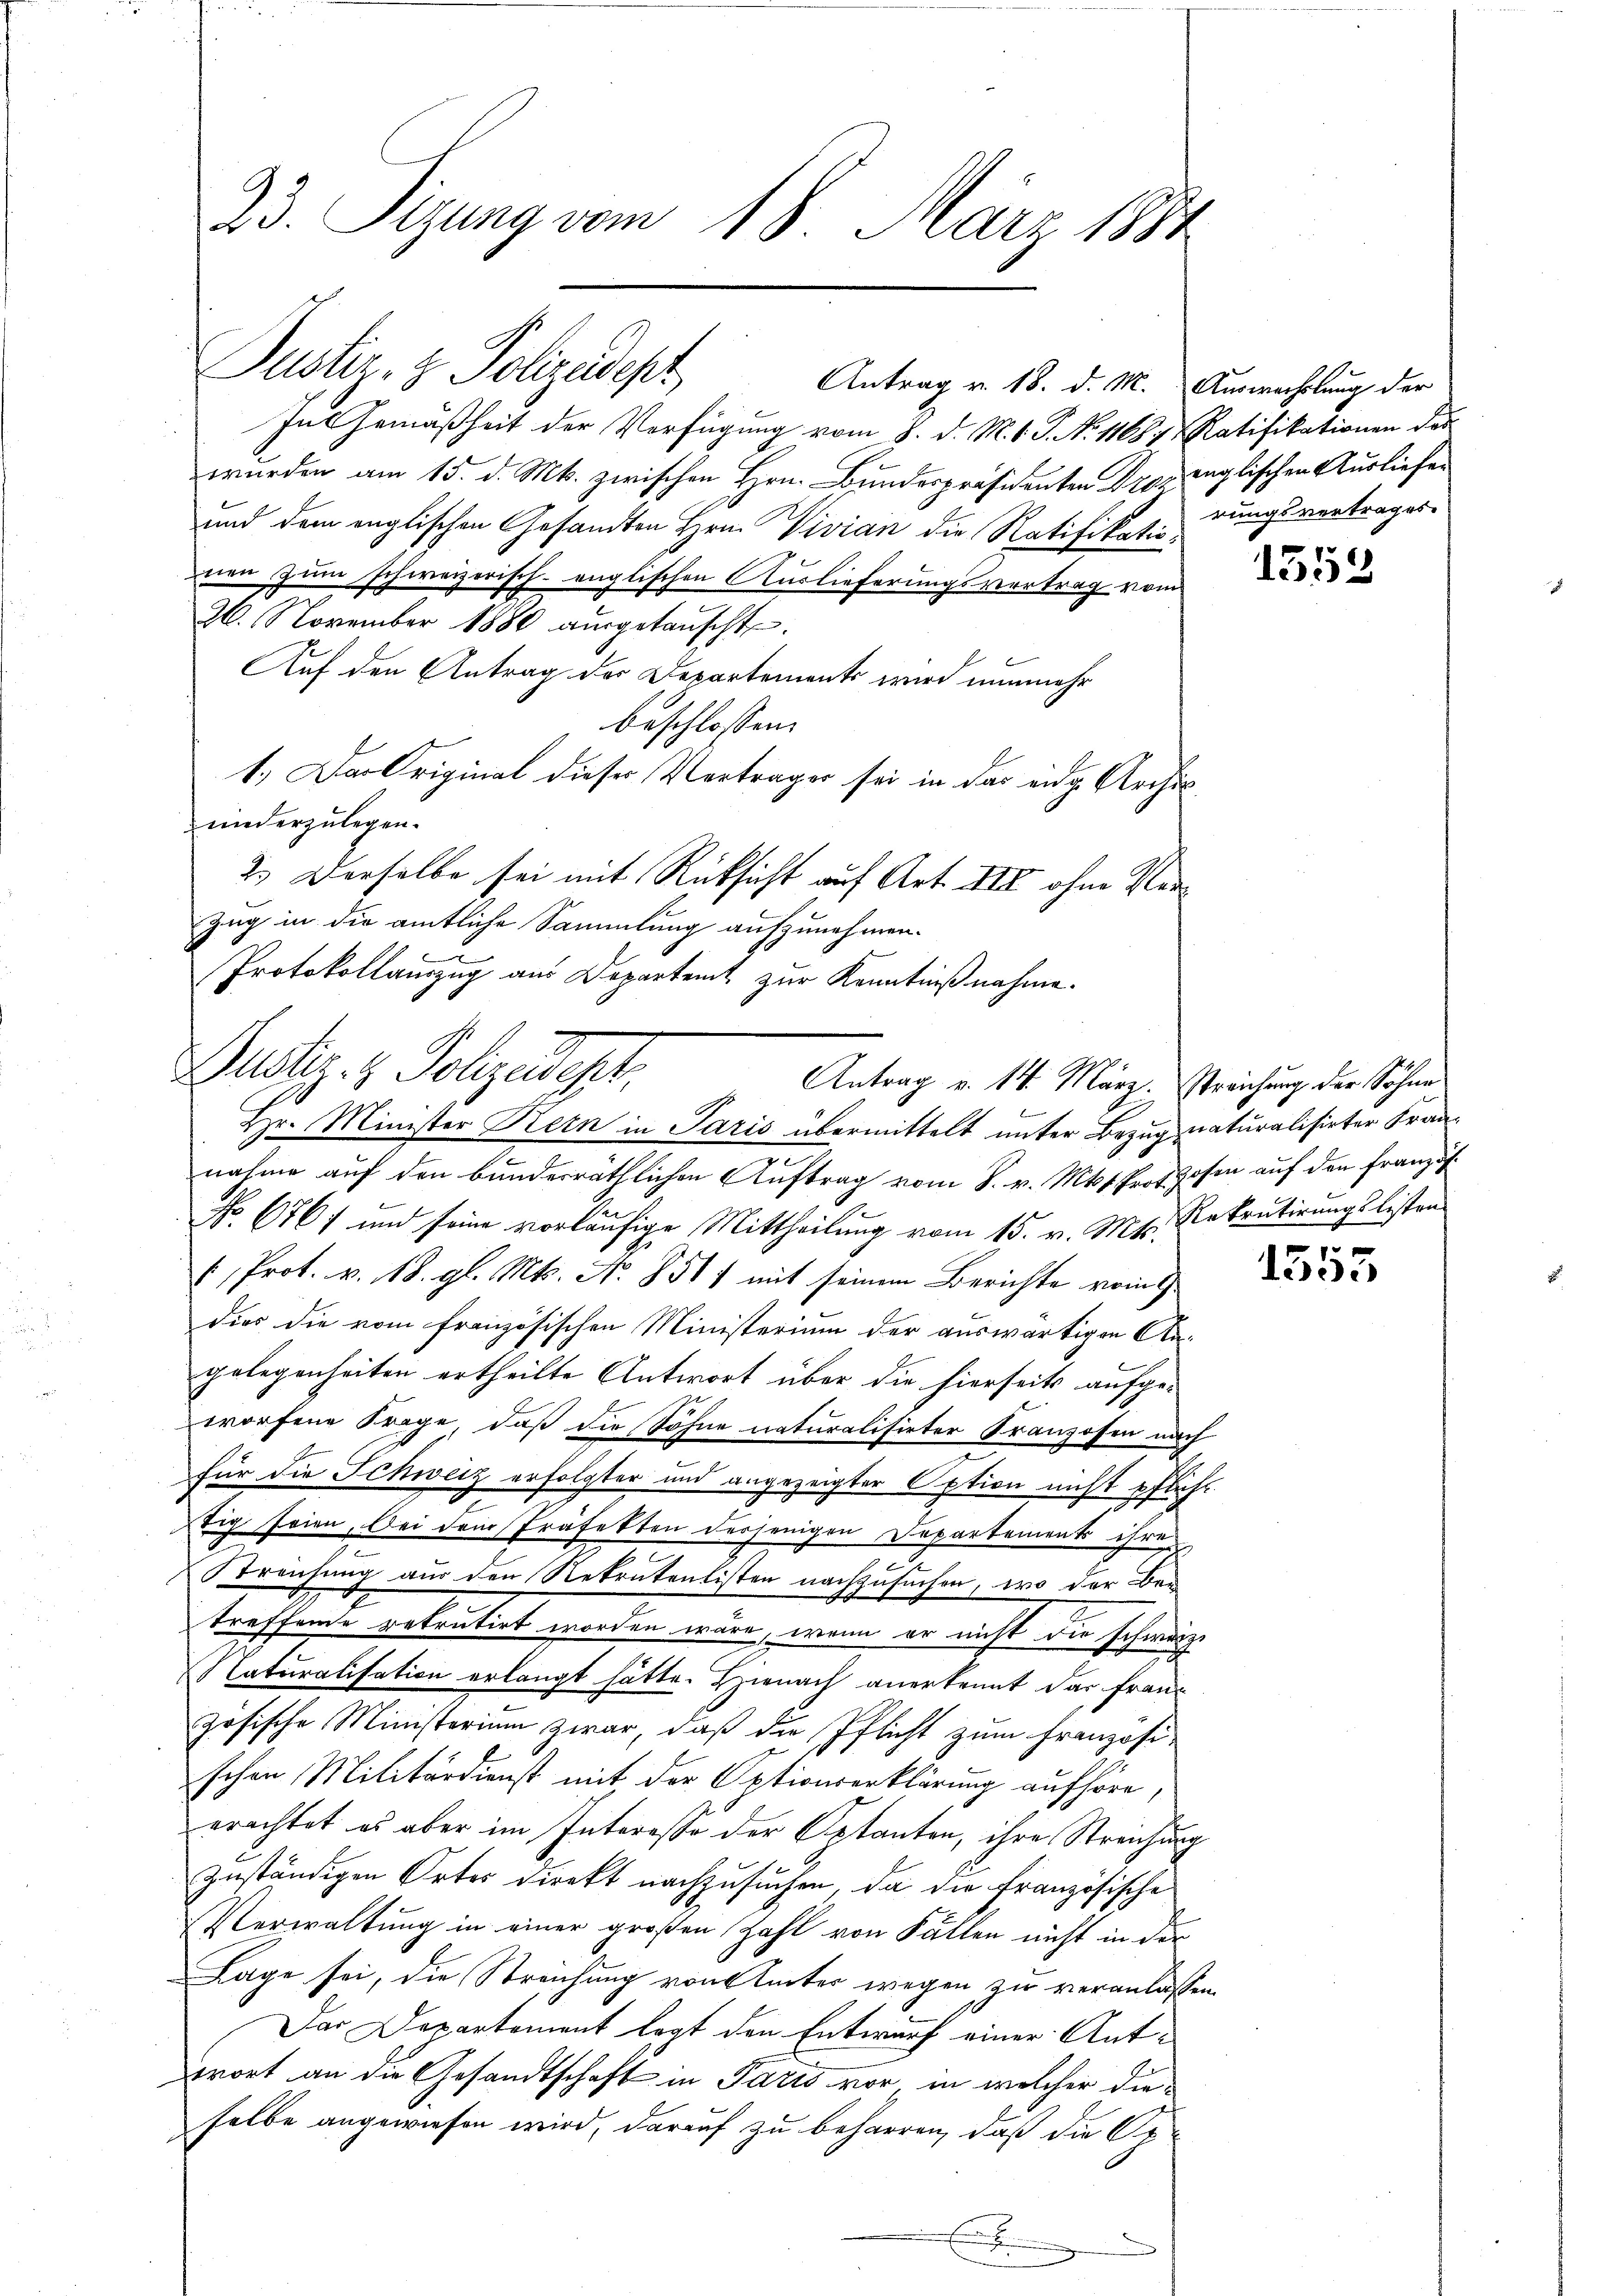
23. Sizung vom 18. März 1884

Justiz- & Polizeidept
In Gemäßheit der Verfügung vom 8. d. M. V. P. No 11687 Ratifikationen das
wurden am 15. d. Mts. zwischen Hrn. Bundespräsidenten Droz englischen Ausliefen
und dem englischen Gesandten Hrn. Vivian die Ratifikatio
nen zum schweizerisch-englischen Auslieferungsvertrag vom
26. November 1880 aŭsgetauscht.
Auf den Antrag des Departements wird nunmehr
beschlossen:
1.) Das Original dieser Verträger sei in das eidg. Archiv
niederzulegen.
2.) Derselbe sei mit Rücksicht auf Art. III ohne Ver¬
Zug in die amtliche Sammlung aufzunehmen.
u
Protokollauszug aus Departent zur Kenntnißnahme.
Zustiz- & Polzedept.
Antrag v. 14. März. Streichung der Söhne

Antrag v. 18. d. M. Auswechslung der

Hr. Minister Bern in Paris übermittelt unter Bezugnaturalisirter Fran¬

nahme auf den bunderräthlichen Auftrag vom 8. v. Mts. Prof Hosen auf den Französ
No 676 f und seine vorläufige Mittheilung vom 15. v. Mts. Rekrutirungslisten-
 Prot. v. 118. gl. Mts. No 8511 mit seinem Berichte vom
dies die vom französischen Ministerium der auswärtigen Angelegenheiten ertheilte Antwort über die hierseits aufgeworfene Frage, daß die Söhne naturalisirter Franzosen nach
für die Schweiz erfolgter und angezeigter Option nicht pflicht
tig seien. Bei dem Präfekten derjenigen Departements ihre
g
Streichung aus den Rekrutenlisten nachzusuchen, wo der Bau-
treffende retrutirt worden wäre, wenn er nicht die schweize
Naturalisation erlangt hätte. Hienach anerkennt das Französische Ministerium zwar, daß die Pflicht zum Französischon Militärdienst mit der Optionserklärung aufhöre,
erachtet es aber im Interesse der Aptanten, ihre Streichung
zuständigen Ortes direkt nachzusuchen, da die französische
Verwaltung in einer großen Zahl von Fällen nicht in der
Lage sei, die Sprachung von Unter wegen zu veranlassen.
Das Departement legt den Entwurf einer Antrort an die Gesandtschaft in Paris vor, in welcher dieselbe angewiesen wird, darauf zu beharren, daß die Op
E

rungsvertrages

1352

1355